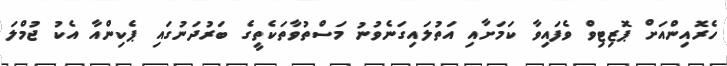
ހެރޮއިންއަށް ޕޮޒިޓިވް ވެފައިވާ ކަމަށާއި އަތުލައިގަނެވުނު މަސްތުވާތަކެތީގެ ބަރުދަނުގައި ޕެކިންއާ އެކު ޖުމްލަ